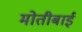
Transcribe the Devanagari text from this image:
मोतीबाई